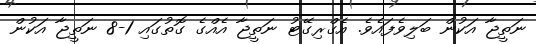
ނަތީޖާ އަކުން ބަލިވެފައެވެ. އެގްރިގޭޓު ނަތީޖާ އެއްގެ ގޮތުގައި 1-8 ނަތީޖާ އަކުން